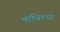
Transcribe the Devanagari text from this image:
बांधिल्या